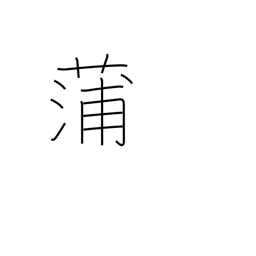
Meaning: flag